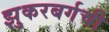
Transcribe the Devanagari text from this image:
झुकरबर्गची